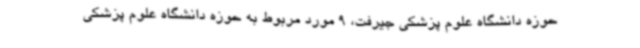
حوزه دانشگاه علوم پزشکی جیرفت، 9 مورد مربوط به حوزه دانشگاه علوم پزشکی